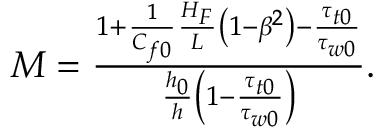
\begin{array} { r } { M = \frac { 1 + \frac { 1 } { C _ { f 0 } } \frac { H _ { F } } { L } \left( 1 - \beta ^ { 2 } \right) - \frac { \tau _ { t 0 } } { \tau _ { w 0 } } } { \frac { h _ { 0 } } { h } \left( 1 - \frac { \tau _ { t 0 } } { \tau _ { w 0 } } \right) } . } \end{array}